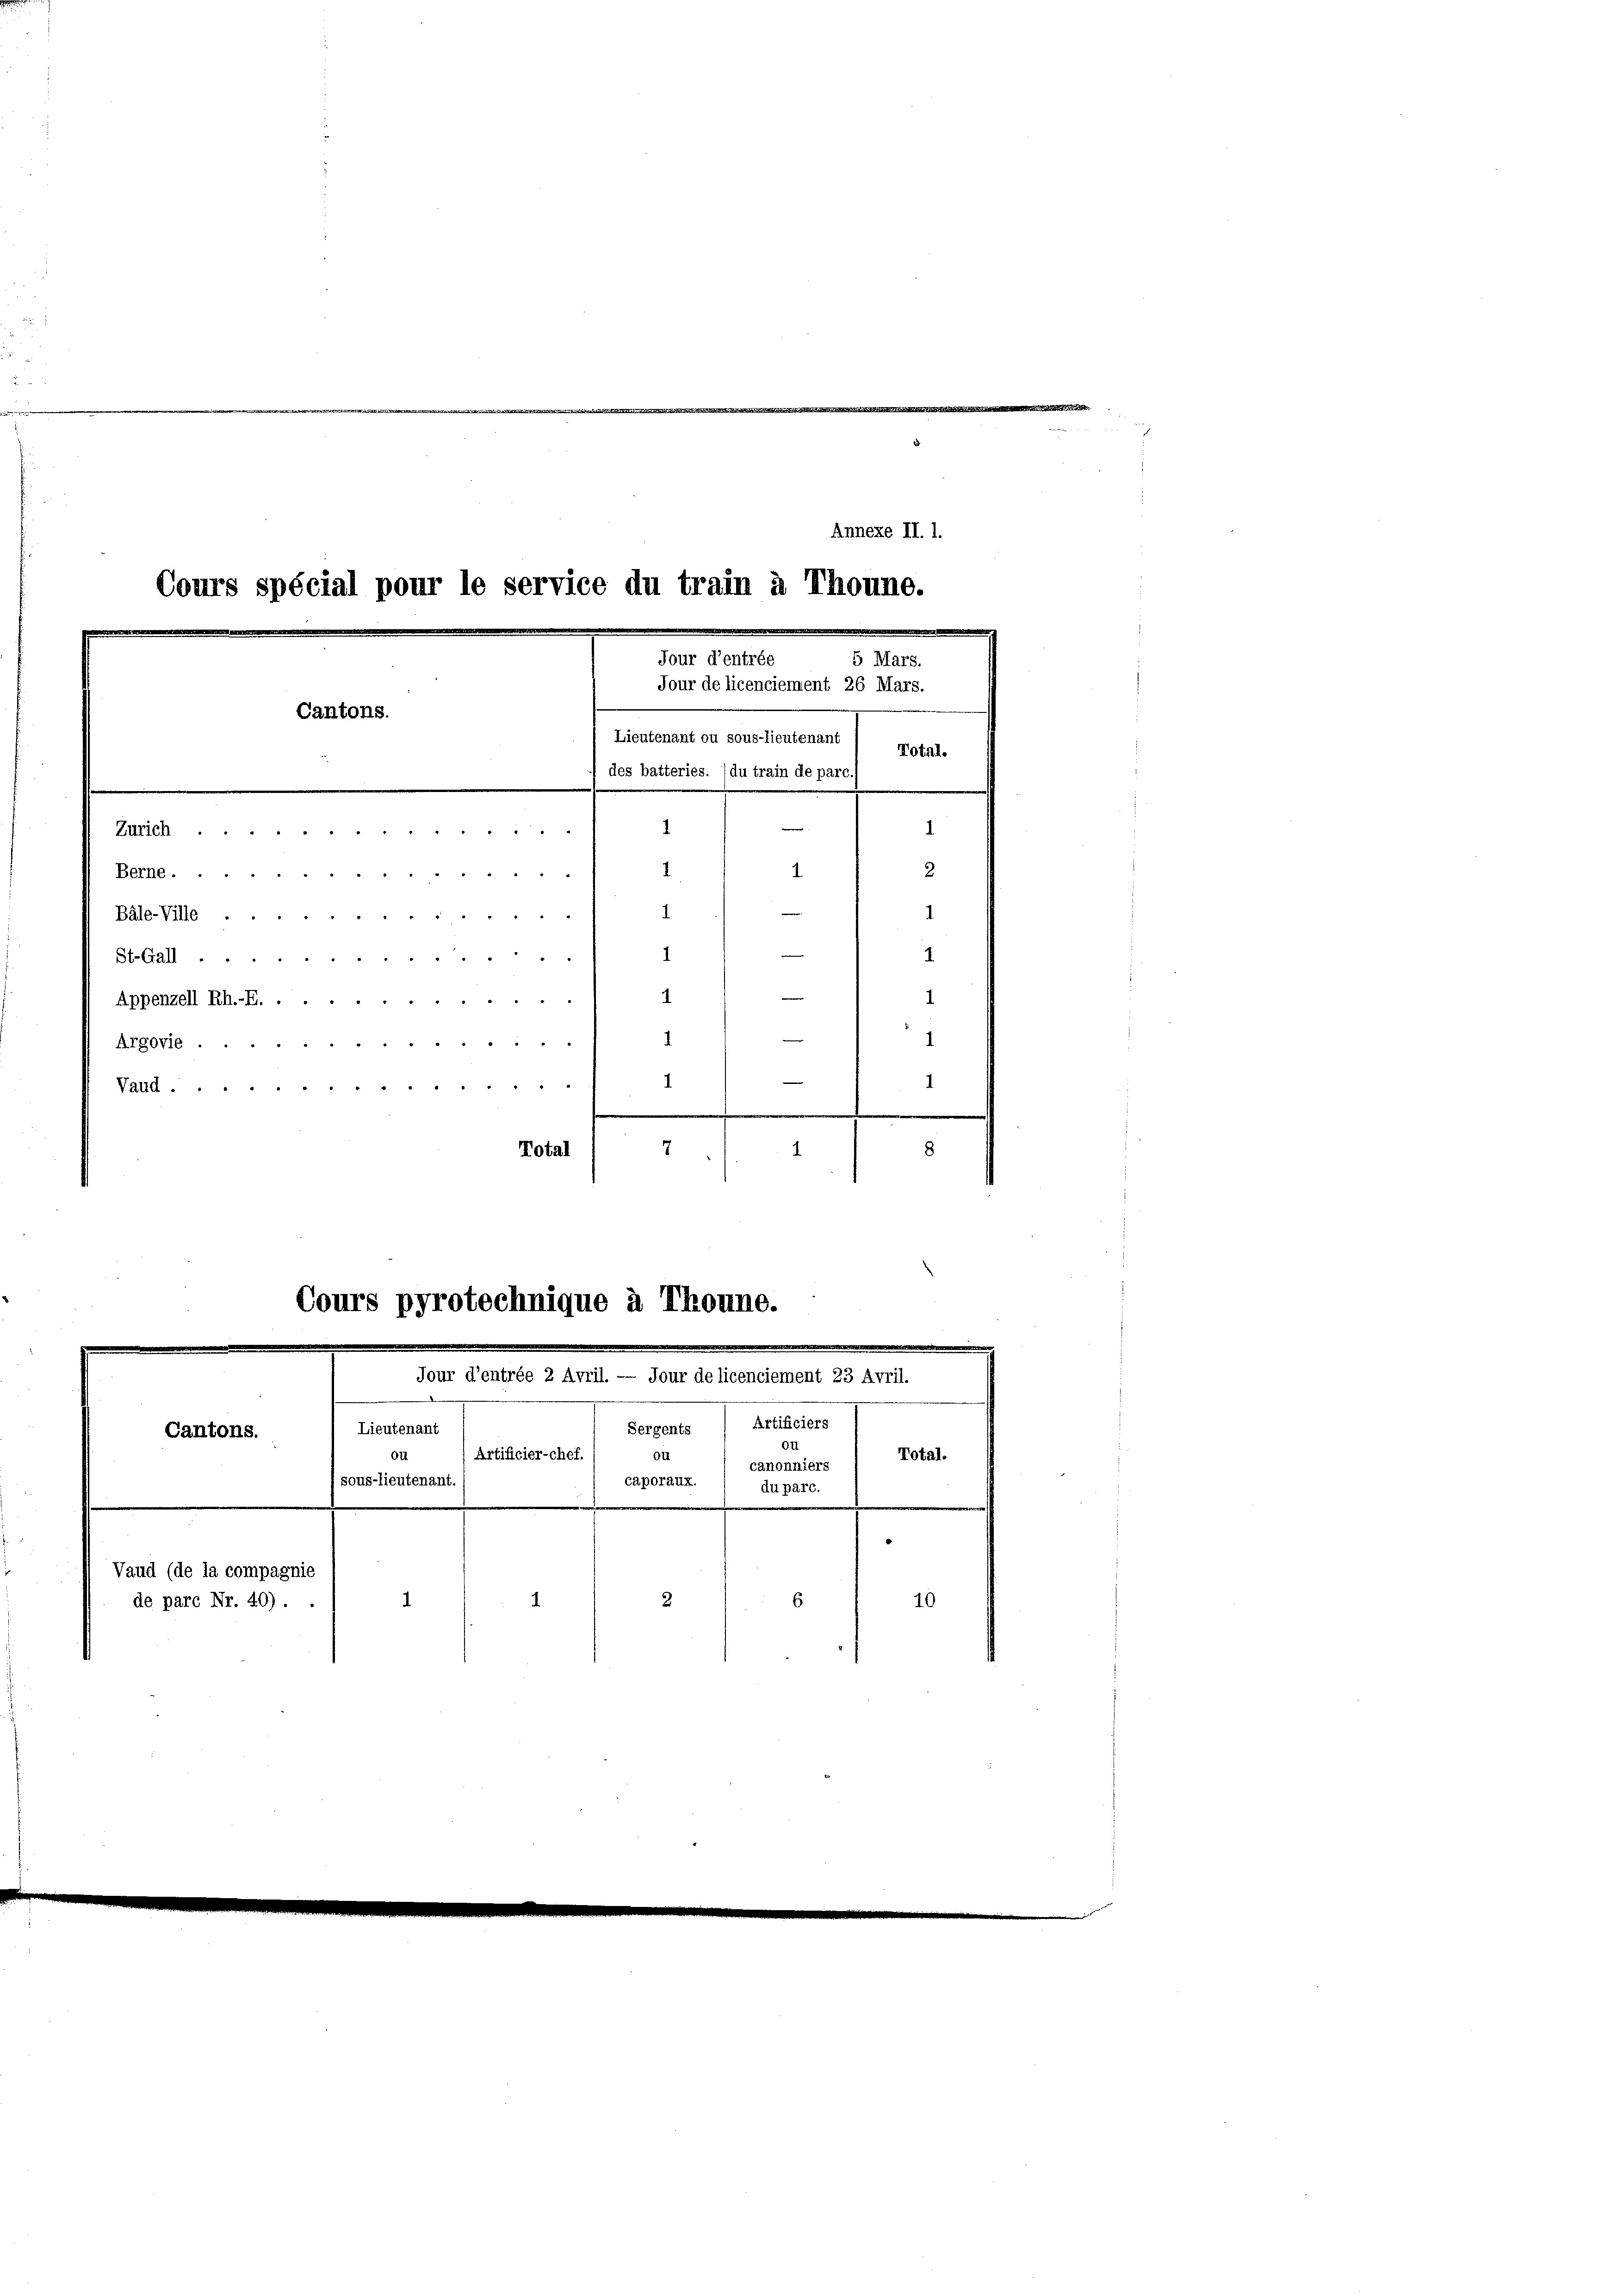
Cours spécial pour le service du train à Thoune.
Jour d’entrée
Jour de licenciement 26 Mars.
Cantons.
Lieutenant ou sous-lieutenant

Zürich
Berne ...
«
Bäle-Ville
St.Gall
Appenzell Rh.-E
Argovie
1
Nagl   "    "           "
7
Total
8
1

Cours protechnique à Thoune.
Jour d’entrée 2 April. — Jour de licenciement 23 Avril.

Lieutenant
Sergents
Cantons.
Die
Artificier-chef.
sous-lieutenant.
.
Vaud (de la compagnie
2
6
1
de pare Nr. 40) . .
.

Annexe II. 1.
5 Mars.
des batteries. (du train de parc./
e
1
1
1
1
2
e
1
1
1
1
1
2

Artificiers
Total.
canonniers

caporaux.

Total.

du parc.